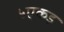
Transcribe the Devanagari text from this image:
५एकड़